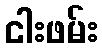
ငါးဖမ်း